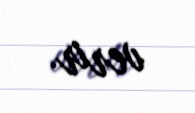
verir.